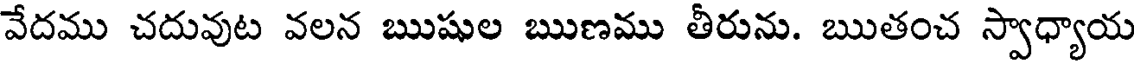
వేదము చదువుట వలన ఋషుల ఋణము తీరును. ఋతంచ స్వాధ్యాయ